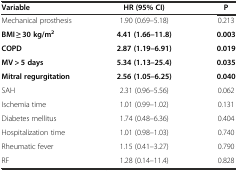
<table><thead><tr><td><b>Variable</b></td><td><b>HR (95% CI)</b></td><td><b>P</b></td></tr></thead><tbody><tr><td>Mechanical prosthesis</td><td>1.90 (0.69–5.18)</td><td>0.213</td></tr><tr><td><b>BMI ≥ 30 kg/m</b><sup><b>2</b></sup></td><td><b>4.41 (1.66–11.8)</b></td><td><b>0.003</b></td></tr><tr><td><b>COPD</b></td><td><b>2.87 (1.19–6.91)</b></td><td><b>0.019</b></td></tr><tr><td><b>MV &gt; 5 days</b></td><td><b>5.34 (1.13–25.4)</b></td><td><b>0.035</b></td></tr><tr><td><b>Mitral regurgitation</b></td><td><b>2.56 (1.05–6.25)</b></td><td><b>0.040</b></td></tr><tr><td>SAH</td><td>2.31 (0.96–5.56)</td><td>0.062</td></tr><tr><td>Ischemia time</td><td>1.01 (0.99–1.02)</td><td>0.131</td></tr><tr><td>Diabetes mellitus</td><td>1.74 (0.48–6.36)</td><td>0.404</td></tr><tr><td>Hospitalization time</td><td>1.01 (0.98–1.03)</td><td>0.740</td></tr><tr><td>Rheumatic fever</td><td>1.15 (0.41–3.27)</td><td>0.790</td></tr><tr><td>RF</td><td>1.28 (0.14–11.4)</td><td>0.828</td></tr></tbody></table>